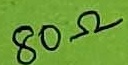
Text: 80Ω